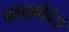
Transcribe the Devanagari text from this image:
क्‍लामीचेरी